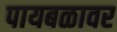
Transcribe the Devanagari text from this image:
पायबळावर